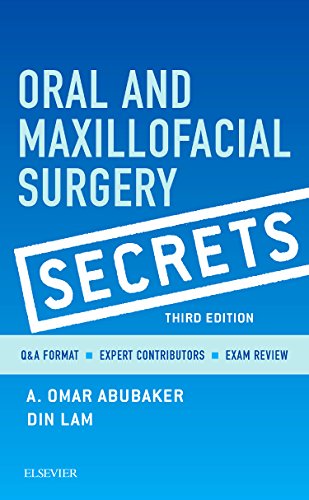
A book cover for Oral and Maxillofacial Surgery Secrets, 3e; A. Omar Abubaker DMD  PhD; Medical Books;